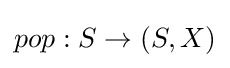
pop:S\to (S,X)